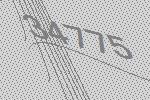
34775